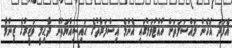
އެފަދަ އެހެން މައްސަލަތަށް ހުއްޓުވުމުގައި އެންމެ އިސްފަރާތުގެ ޙައިސިއްޔަތުން ދާޙިލީ ވަޒީރުގެ ޒިންމާ